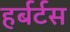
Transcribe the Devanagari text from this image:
हर्बर्टस